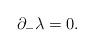
LaTeX: \begin{align*}{\partial }_{-}{\lambda }=0. \end{align*}